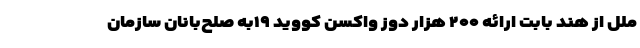
ملل از هند بابت ارائه ۲۰۰ هزار دوز واکسن کووید ۱۹به صلح‌بانان سازمان